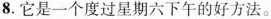
8.它是一个度过星期六下午的好方法。